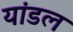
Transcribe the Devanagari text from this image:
यांडल